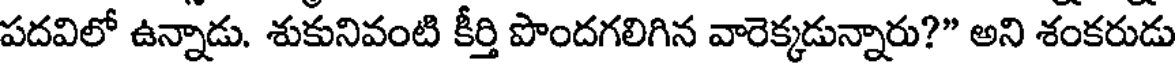
పదవిలో ఉన్నాడు. శుకునివంటి కీర్తి పొందగలిగిన వారెక్కడున్నారు?" అని శంకరుడు